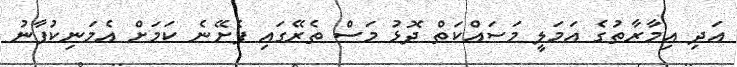
އަދި އިމާރާތުގެ އަމަލީ މަސައްކަތް ދޮޅު މަސް ތެރޭގައި ފެށޭނެ ކަމަށް އެމަނިކުފާނު